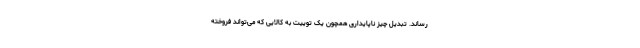
رساند. تبدیل چیز ناپایداری همچون یک توییت به کالایی که می‌تواند فروخته